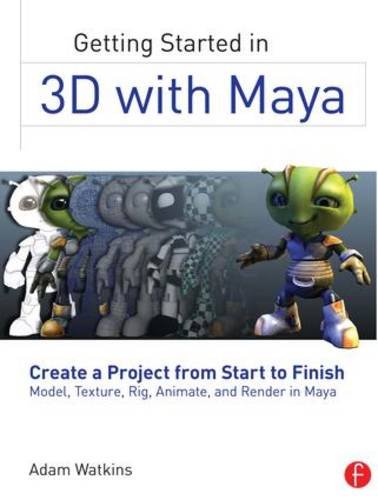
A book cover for Getting Started in 3D with Maya: Create a Project from Start to Finish - Model, Texture, Rig, Animate, and Render in Maya; Adam Watkins; Computers & Technology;